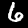
Label: 6